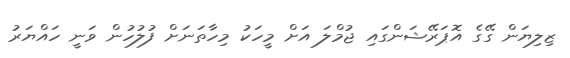
ޒިލިޔަން ގޭގެ އޮޕަރޭޝަންގައި ޖުމްލަ އަށް މީހަކު މިހާތަނަށް ފުލުހުން ވަނީ ހައްޔަރު